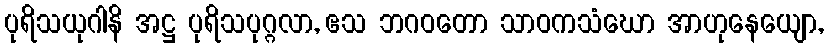
ပုရိသယုဂါနိ အဋ္ဌ ပုရိသပုဂ္ဂလာ, ဧသ ဘဂဝတော သာဝကသံဃော အာဟုနေယျော,